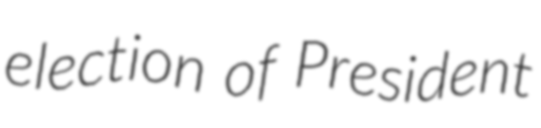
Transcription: election of President